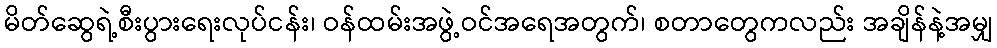
မိတ်ဆွေရဲ့စီးပွားရေးလုပ်ငန်း၊ ဝန်ထမ်းအဖွဲ့ဝင်အရေအတွက်၊ စတာတွေကလည်း အချိန်နဲ့အမျှ